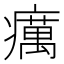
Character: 癘